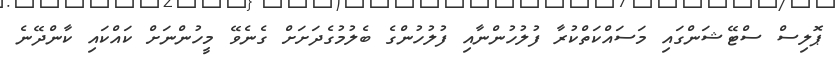
ޕޮލިސް ސްޓޭޝަންގައި މަސައްކަތްކުރާ ފުލުހުންނާއި ފުލުހުންގެ ބެލުމުގެދަށަށް ގެނެވޭ މީހުންނަށް ކައްކައި ކާންދޭނެ